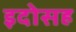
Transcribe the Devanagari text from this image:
इदोसह